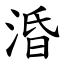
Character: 涽